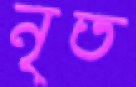
নৃত